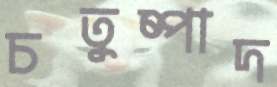
চতুষ্পাদ